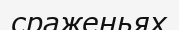
сраженьях